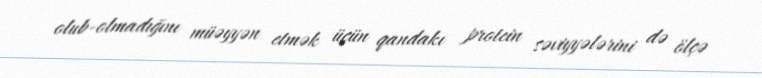
olub-olmadığını müəyyən etmək üçün qandakı protein səviyyələrini də ölçə